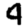
Digit: 4